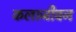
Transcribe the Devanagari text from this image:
कलाजीवन